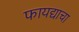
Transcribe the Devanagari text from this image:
फायद्याचा